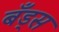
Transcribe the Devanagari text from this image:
बँड्स